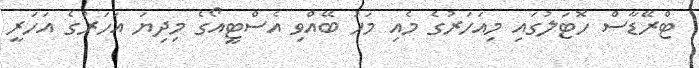
ޓްރޭޑާސް ހޮޓަލުގައި މިއަހަރުގެ މެއި މަހު ބޭއްވި އެސްޓީއޯގެ މިދިޔަ އަހަރުގެ އަހަރީ